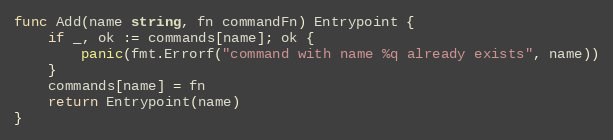
Language: Go
func Add(name string, fn commandFn) Entrypoint {
	if _, ok := commands[name]; ok {
		panic(fmt.Errorf("command with name %q already exists", name))
	}
	commands[name] = fn
	return Entrypoint(name)
}